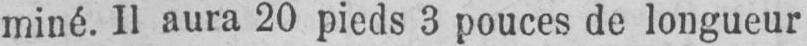
miné. Il aura 20 pieds 3 pouces de longueur